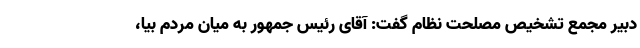
دبیر مجمع تشخیص مصلحت نظام گفت: آقای رئیس جمهور به میان مردم بیا،